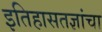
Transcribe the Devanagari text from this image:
इतिहासतज्ञांचा